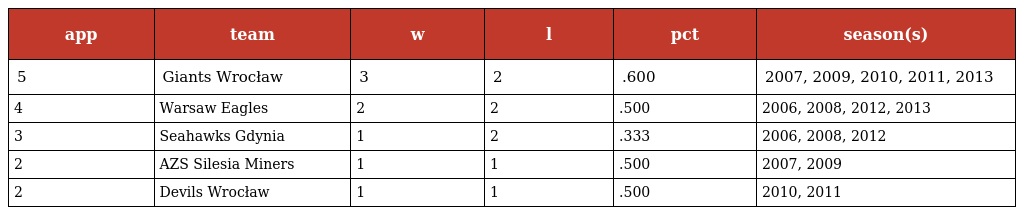
| app | team | w | l | pct | season(s) |
 | --- | --- | --- | --- | --- | --- |
 | 5 | Giants Wrocław | 3 | 2 | .600 | 2007, 2009, 2010, 2011, 2013 |
 | 4 | Warsaw Eagles | 2 | 2 | .500 | 2006, 2008, 2012, 2013 |
 | 3 | Seahawks Gdynia | 1 | 2 | .333 | 2006, 2008, 2012 |
 | 2 | AZS Silesia Miners | 1 | 1 | .500 | 2007, 2009 |
 | 2 | Devils Wrocław | 1 | 1 | .500 | 2010, 2011 |